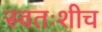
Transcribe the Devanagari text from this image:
स्वतःशीच